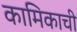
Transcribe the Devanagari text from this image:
कामिकाची